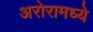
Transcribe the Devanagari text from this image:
अरोरामध्ये